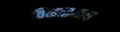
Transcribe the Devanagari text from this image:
विकतानाच